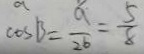
\cos B = \frac { a } { 2 6 } = \frac { 5 } { 8 }